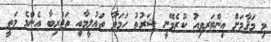
މި މަޤާމަށް އިންޓަރވިއު ކުރެވޭނީ ޝަރުޠު ހަމަވާ ތަޢުލީމާއި ތަޖުރިބާ އެންމެ މަތީ